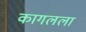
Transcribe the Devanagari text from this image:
कागलला